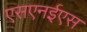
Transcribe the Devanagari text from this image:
एसएनईएस